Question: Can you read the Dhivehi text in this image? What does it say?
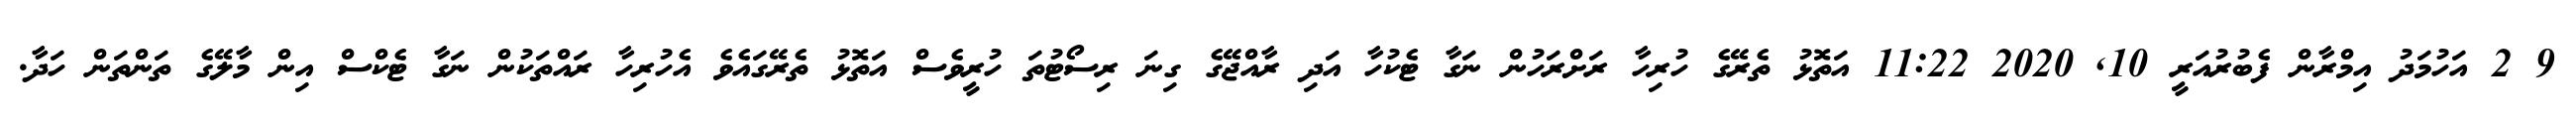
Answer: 9 2 އަހުމަދު އިމްރާން ފެބުރުއަރީ 10, 2020 11:22 އަތޮޅު ތެރޭގެ ހުރިހާ ރަށްރަހުން ނަގާ ޓެކުހާ އަދި ރާއްޖޭގެ ގިނަ ރިސޯޓުތަ ހުރީވެސް އަތޮޅު ތެރޭގައެވެ އެހުރިހާ ރައްތަކުން ނަގާ ޓެކްސް އިން މާލޭގެ ތަންތަން ހަދާ.